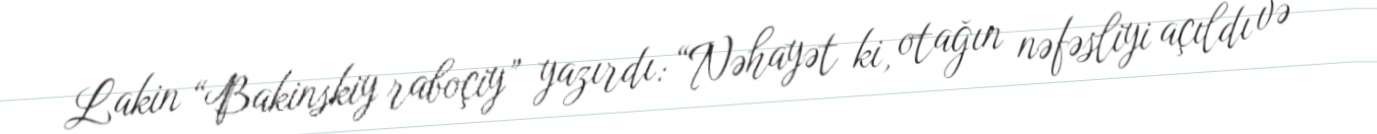
Lakin “Bakinskiy raboçiy” yazırdı: “Nəhayət ki, otağın nəfəsliyi açıldı və